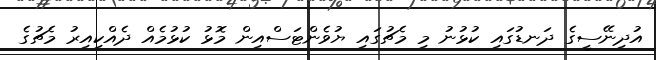
އުދިނޭސީގެ ދަނޑުގައި ކުޅުނު މި މެޗުގައި ޔުވެންޓަސްއިން މޮޅު ކުޅުމެއް ދެއްކިއިރު މެޗުގެ